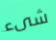
شىء